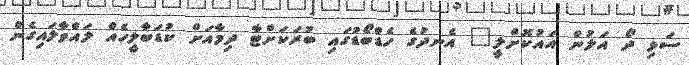
ސަޅި ދޯ އަލުން އައުކޮށްލީ" އެނދުގެ ހެޑްބޯޑުގައި ބުރަކަށްޓާ ދިމާއަށް ކުޑަބާލީހެއް ލައްވާލައިގެން